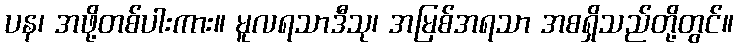
ပန၊ အဖို့တစ်ပါးကား။ မူလရသာဒီသု၊ အမြစ်အရသာ အစရှိသည်တို့တွင်။